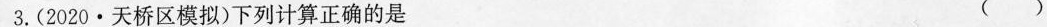
3.(2020·天桥区模拟)下列计算正确的是 ()